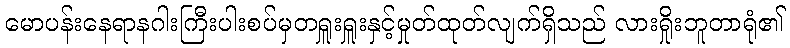
မောပန်းနေရာနဂါးကြီးပါးစပ်မှတရှူးရှူးနှင့်မှုတ်ထုတ်လျက်ရှိသည် လားရှိုးဘူတာရုံ၏